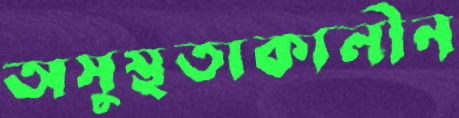
অসুস্থতাকালীন